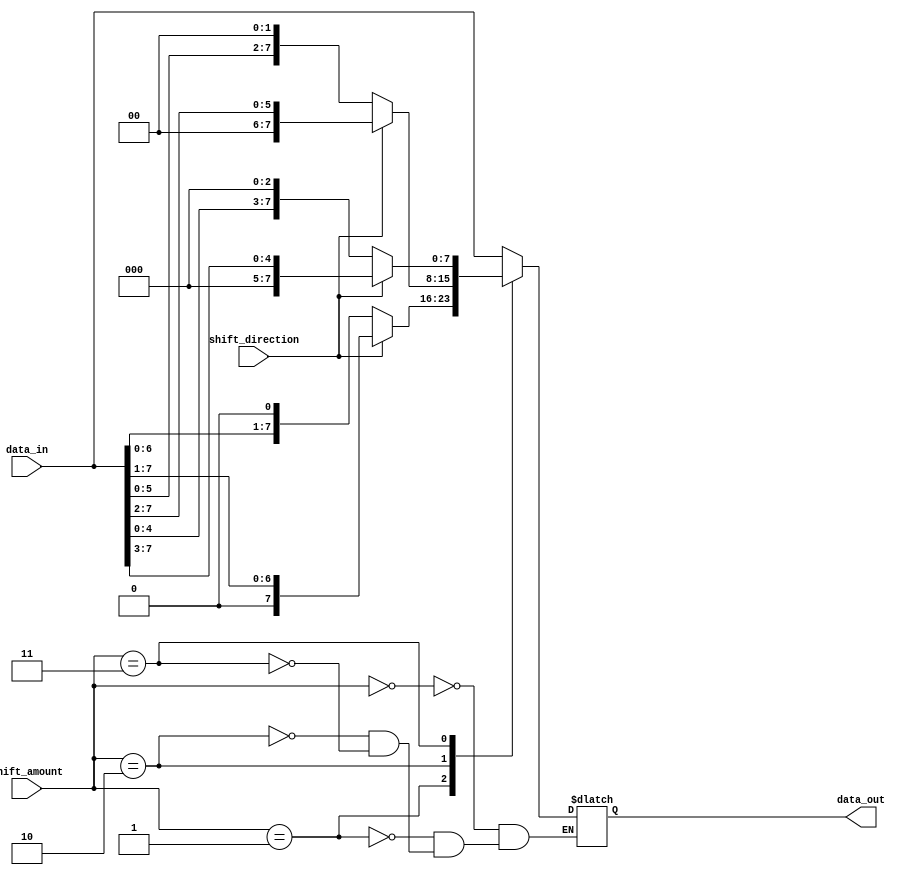
module BarrelShifter(
    input [7:0] data_in,
    input [2:0] shift_amount,
    input shift_direction,  // 0 = left shift, 1 = right shift
    output reg [7:0] data_out
);

// Define parameters for shift directions
parameter LEFT_SHIFT = 0;
parameter RIGHT_SHIFT = 1;

// Define logic for the barrel shifter
always @(*) begin
    case(shift_amount)
        0: data_out = data_in; // No shift
        1: data_out = (shift_direction == LEFT_SHIFT) ? {data_in[6:0], 1'b0} : {1'b0, data_in[7:1]}; // Shift by 1
        2: data_out = (shift_direction == LEFT_SHIFT) ? {data_in[5:0], 2'b00} : {2'b00, data_in[7:2]}; // Shift by 2
        3: data_out = (shift_direction == LEFT_SHIFT) ? {data_in[4:0], 3'b000} : {3'b000, data_in[7:3]}; // Shift by 3
        // Add more cases for additional shift amounts if needed
    endcase
end

endmodule